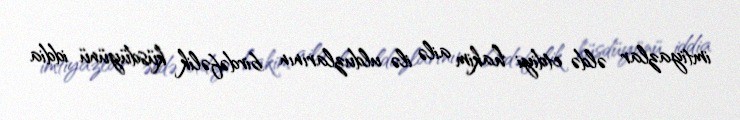
imtiyazlar əldə etdiyi hakim ailə ilə ulduzlarının birdəfəlik küsdüyünü iddia